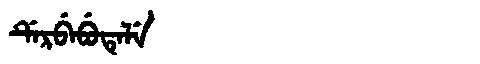
Manchu: ᡩᡝᡵᠪᡝᠪᡠᡨᡝᠯᡝ
Romanization: DERBEBUTELE